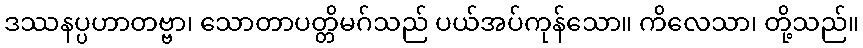
ဒဿနပ္ပဟာတဗ္ဗာ၊ သောတာပတ္တိမဂ်သည် ပယ်အပ်ကုန်သော။ ကိလေသာ၊ တို့သည်။